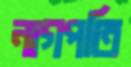
নাগপতি